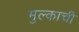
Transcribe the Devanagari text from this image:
मुल्काची